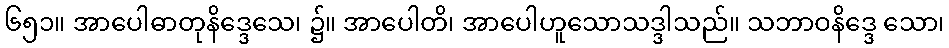
၆၅၁။ အာပေါဓာတုနိဒ္ဒေသေ၊ ၌။ အာပေါတိ၊ အာပေါဟူသောသဒ္ဒါသည်။ သဘာဝနိဒ္ဒေ သော၊